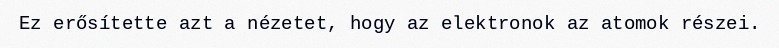
Ez erősítette azt a nézetet, hogy az elektronok az atomok részei.